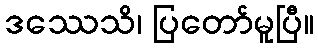
ဒဿေသိ၊ ပြတော်မူပြီ။